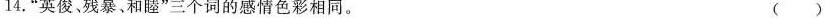
14.”英俊，残暴、和睦”三个词的感情色彩相同。 ( )